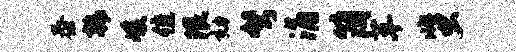
泰韩峻隹限劾弩涌简革蜚